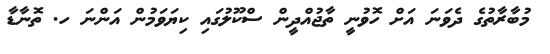
މުބާރާތުގެ ދެވަނަ އަށް ހޮވުނީ ތާޖުއްދީން ސްކޫލުގައި ކިޔަވަމުން އަންނަ ހ. ތޮނާޑާ